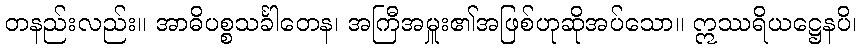
တနည်းလည်း။ အာဓိပစ္စသင်္ခါတေန၊ အကြီအမှူး၏အဖြစ်ဟုဆိုအပ်သော။ ဣဿရိယဋ္ဌေနပိ၊